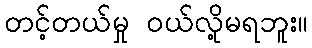
တင့်တယ်မှု ဝယ်လို့မရဘူး။